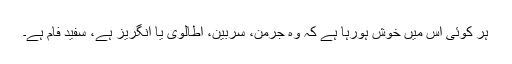
ہر کوئی اس میں خوش ہورہا ہے کہ وہ جرمن، سربین، اطالوی یا انگریز ہے، سفید فام ہے۔